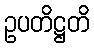
ဥပတိဋ္ဌတိ